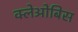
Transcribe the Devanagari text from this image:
क्लेओबिस